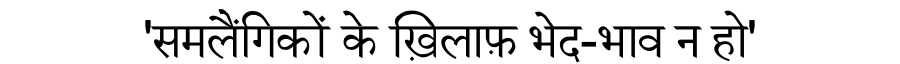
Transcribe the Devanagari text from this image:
'समलैंगिकों के ख़िलाफ़ भेद-भाव न हो'